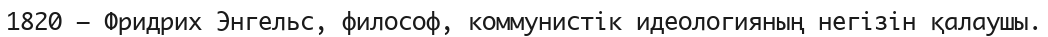
1820 — Фридрих Энгельс, философ, коммунистік идеологияның негізін қалаушы.